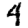
Digit: 4